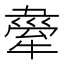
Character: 𤛉